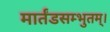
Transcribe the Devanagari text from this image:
मार्तंडसम्भुतम्।